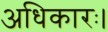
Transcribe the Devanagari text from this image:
अधिकारः।